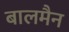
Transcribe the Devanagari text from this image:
बालमैन